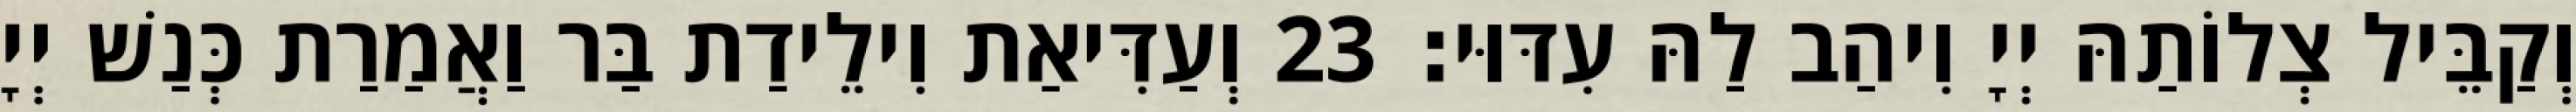
וְקַבֵּיל צְלוֹתַהּ יְיָ וִיהַב לַהּ עִדּוּי׃ 23 וְעַדִּיאַת וִילֵידַת בַּר וַאֲמַרַת כְּנַשׁ יְיָ